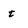
Character: t